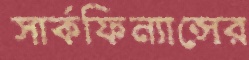
সার্কফিন্যান্সের